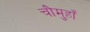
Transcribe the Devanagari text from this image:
चौमुहाँ